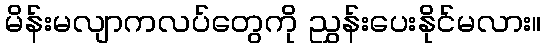
မိန်းမလျာကလပ်တွေကို ညွှန်းပေးနိုင်မလား။